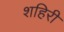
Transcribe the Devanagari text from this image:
शहिरी